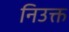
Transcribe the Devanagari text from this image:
निउक्त